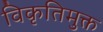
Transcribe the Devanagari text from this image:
विकृतिमुक्त